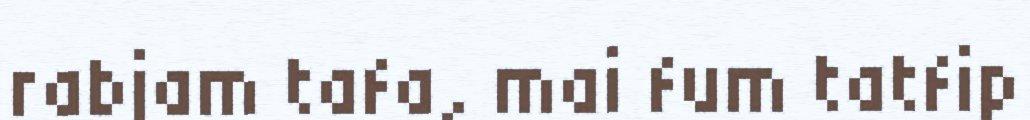
rabjam tafa, mai fum tatfip